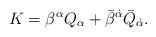
LaTeX: \begin{align*}K= \beta^\alpha Q_\alpha + \bar{\beta}^{\dot{\alpha}} \bar{Q}_{\dot{\alpha}}.\end{align*}